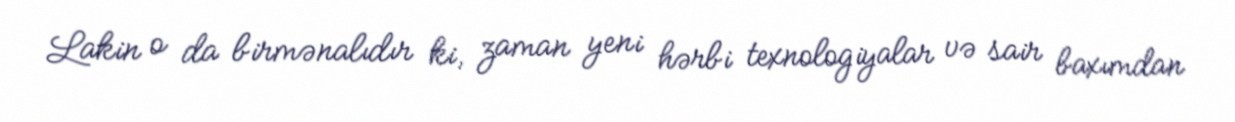
Lakin o da birmənalıdır ki, zaman yeni hərbi texnologiyalar və sair baxımdan